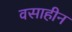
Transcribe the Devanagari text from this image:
वसाहीन